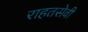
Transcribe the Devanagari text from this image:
राहतसेवी